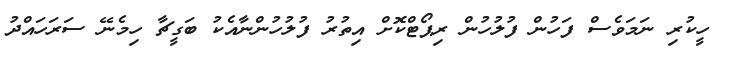
ހީކުރި ނަމަވެސް ފަހުން ފުލުހުން ރިޕޯޓްކޮށް އިތުރު ފުލުހުންނާއެކު ބަގީޗާ ހިމެނޭ ސަރަހައްދު